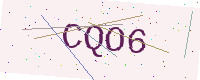
Text: CQO6